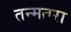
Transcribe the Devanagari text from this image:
तन्मतरा